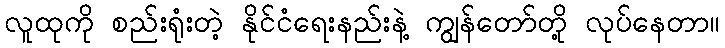
လူထုကို စည်းရုံးတဲ့ နိုင်ငံရေးနည်းနဲ့ ကျွန်တော်တို့ လုပ်နေတာ။